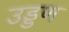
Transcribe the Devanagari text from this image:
उड्डण